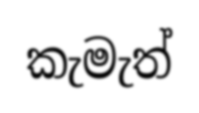
කැමැත්